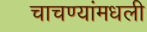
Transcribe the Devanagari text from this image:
चाचण्यांमधली